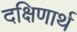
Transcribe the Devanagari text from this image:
दक्षिणार्थ